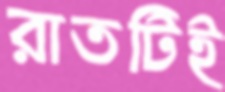
রাতটিই